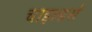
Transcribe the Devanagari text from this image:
चाइल्डर्स